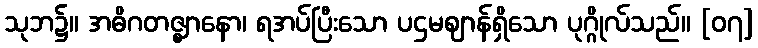
သုဘ၌။ အဓိဂတဇ္ဈာနော၊ ရအပ်ပြီးသော ပဌမဈာန်ရှိသော ပုဂ္ဂိုလ်သည်။ [၀၇]